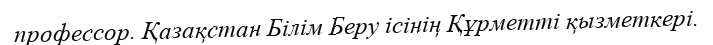
профессор. Қазақстан Білім Беру ісінің Құрметті қызметкері.